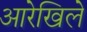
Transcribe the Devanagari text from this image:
आरेखिले